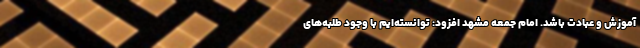
آموزش و عبادت باشد. امام جمعه مشهد افزود: توانسته‌ایم با وجود طلبه‌های